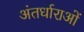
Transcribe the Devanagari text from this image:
अंतर्धाराओं